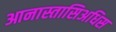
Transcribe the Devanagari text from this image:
आनास्तासिअधिस